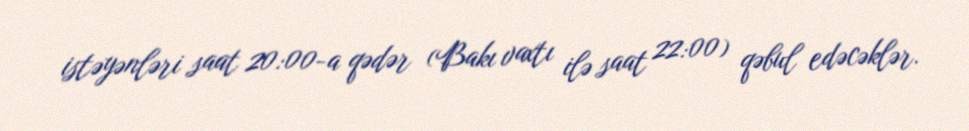
istəyənləri saat 20:00-a qədər (Bakı vaxtı ilə saat 22:00) qəbul edəcəklər.